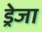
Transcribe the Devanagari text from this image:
ड्रेजा